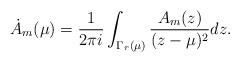
LaTeX: \begin{align*}\dot{A}_m(\mu)={1\over 2\pi i}\int_{\Gamma_r(\mu)}{A_m(z)\over(z-\mu)^2}dz.\end{align*}